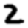
Digit: 2